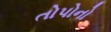
તોપોનો